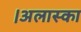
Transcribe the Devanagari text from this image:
।अलास्का